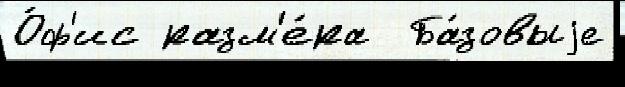
О́ф'ис разм'е́ра  Ба́зовыjе